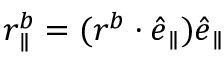
\boldsymbol { r } _ { \parallel } ^ { b } = ( \boldsymbol { r } ^ { b } \cdot \boldsymbol { \hat { e } } _ { \parallel } ) \boldsymbol { \hat { e } } _ { \parallel }